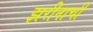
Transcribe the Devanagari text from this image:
झरीनाची